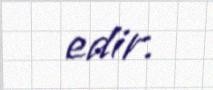
edir.